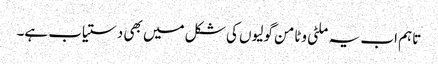
تاہم اب یہ ملٹی وٹامن گولیوں کی شکل میں بھی دستیاب ہے۔